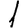
Digit: 1